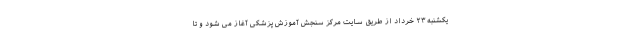
یکشنبه ۲۳ خرداد از طریق سایت مرکز سنجش آموزش پزشکی آغاز می شود و تا